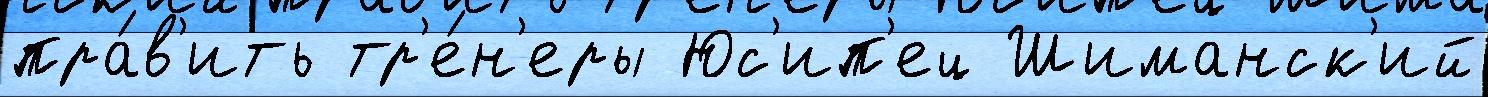
пра́в'ить тр'е́н'еры Юс'ип'ец Шиманск'ий